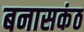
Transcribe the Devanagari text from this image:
बनासकंठ